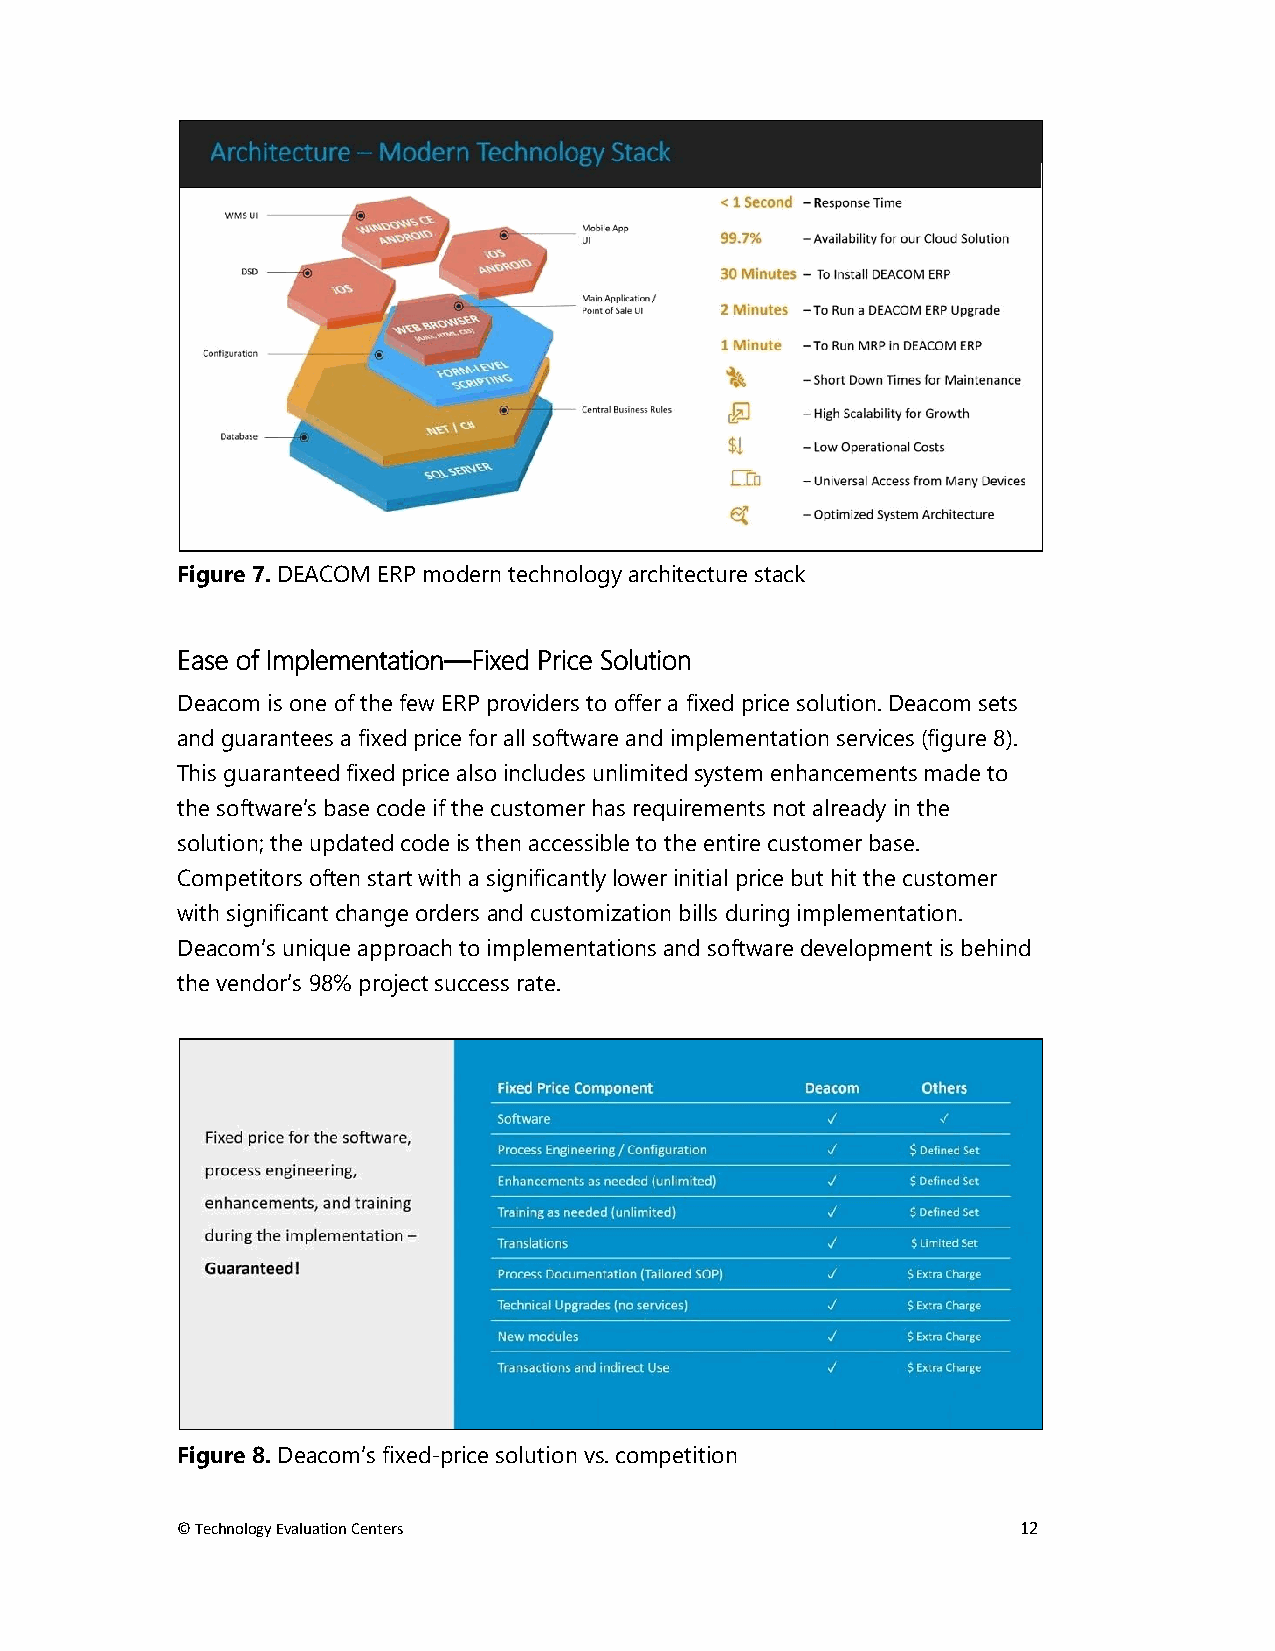
Figure 7. DEACOM ERP modern technology architecture stack
 Ease of Implementation—Fixed Price Solution
 Deacom is one of the few ERP providers to offer a fixed price solution. Deacom sets
 and guarantees a fixed price for all software and implementation services (figure 8).
 This guaranteed fixed price also includes unlimited system enhancements made to
 the software’s base code if the customer has requirements not already in the
 solution; the updated code is then accessible to the entire customer base.
 Competitors often start with a significantly lower initial price but hit the customer
 with significant change orders and customization bills during implementation.
 Deacom’s unique approach to implementations and software development is behind
 the vendor’s 98% project success rate.
 Figure 8. Deacom’s fixed-price solution vs. competition
 © Technology Evaluation Centers                         12